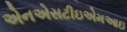
એનએસટીઇએમઆઇ